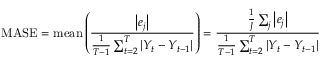
\mathrm { M A S E } = \mathrm { m e a n } \left( { \frac { \left| e _ { j } \right| } { { \frac { 1 } { T - 1 } } \sum _ { t = 2 } ^ { T } \left| Y _ { t } - Y _ { t - 1 } \right| } } \right) = { \frac { { \frac { 1 } { J } } \sum _ { j } \left| e _ { j } \right| } { { \frac { 1 } { T - 1 } } \sum _ { t = 2 } ^ { T } \left| Y _ { t } - Y _ { t - 1 } \right| } }